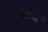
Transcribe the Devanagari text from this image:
कब्जाना